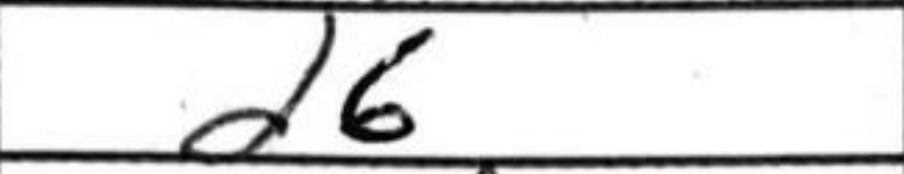
Transcription: d6